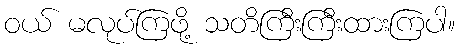
ဝယ် မလုပ်ကြဖို့ သတိကြီးကြီးထားကြပါ။